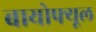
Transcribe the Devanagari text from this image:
बायोफ्यूल